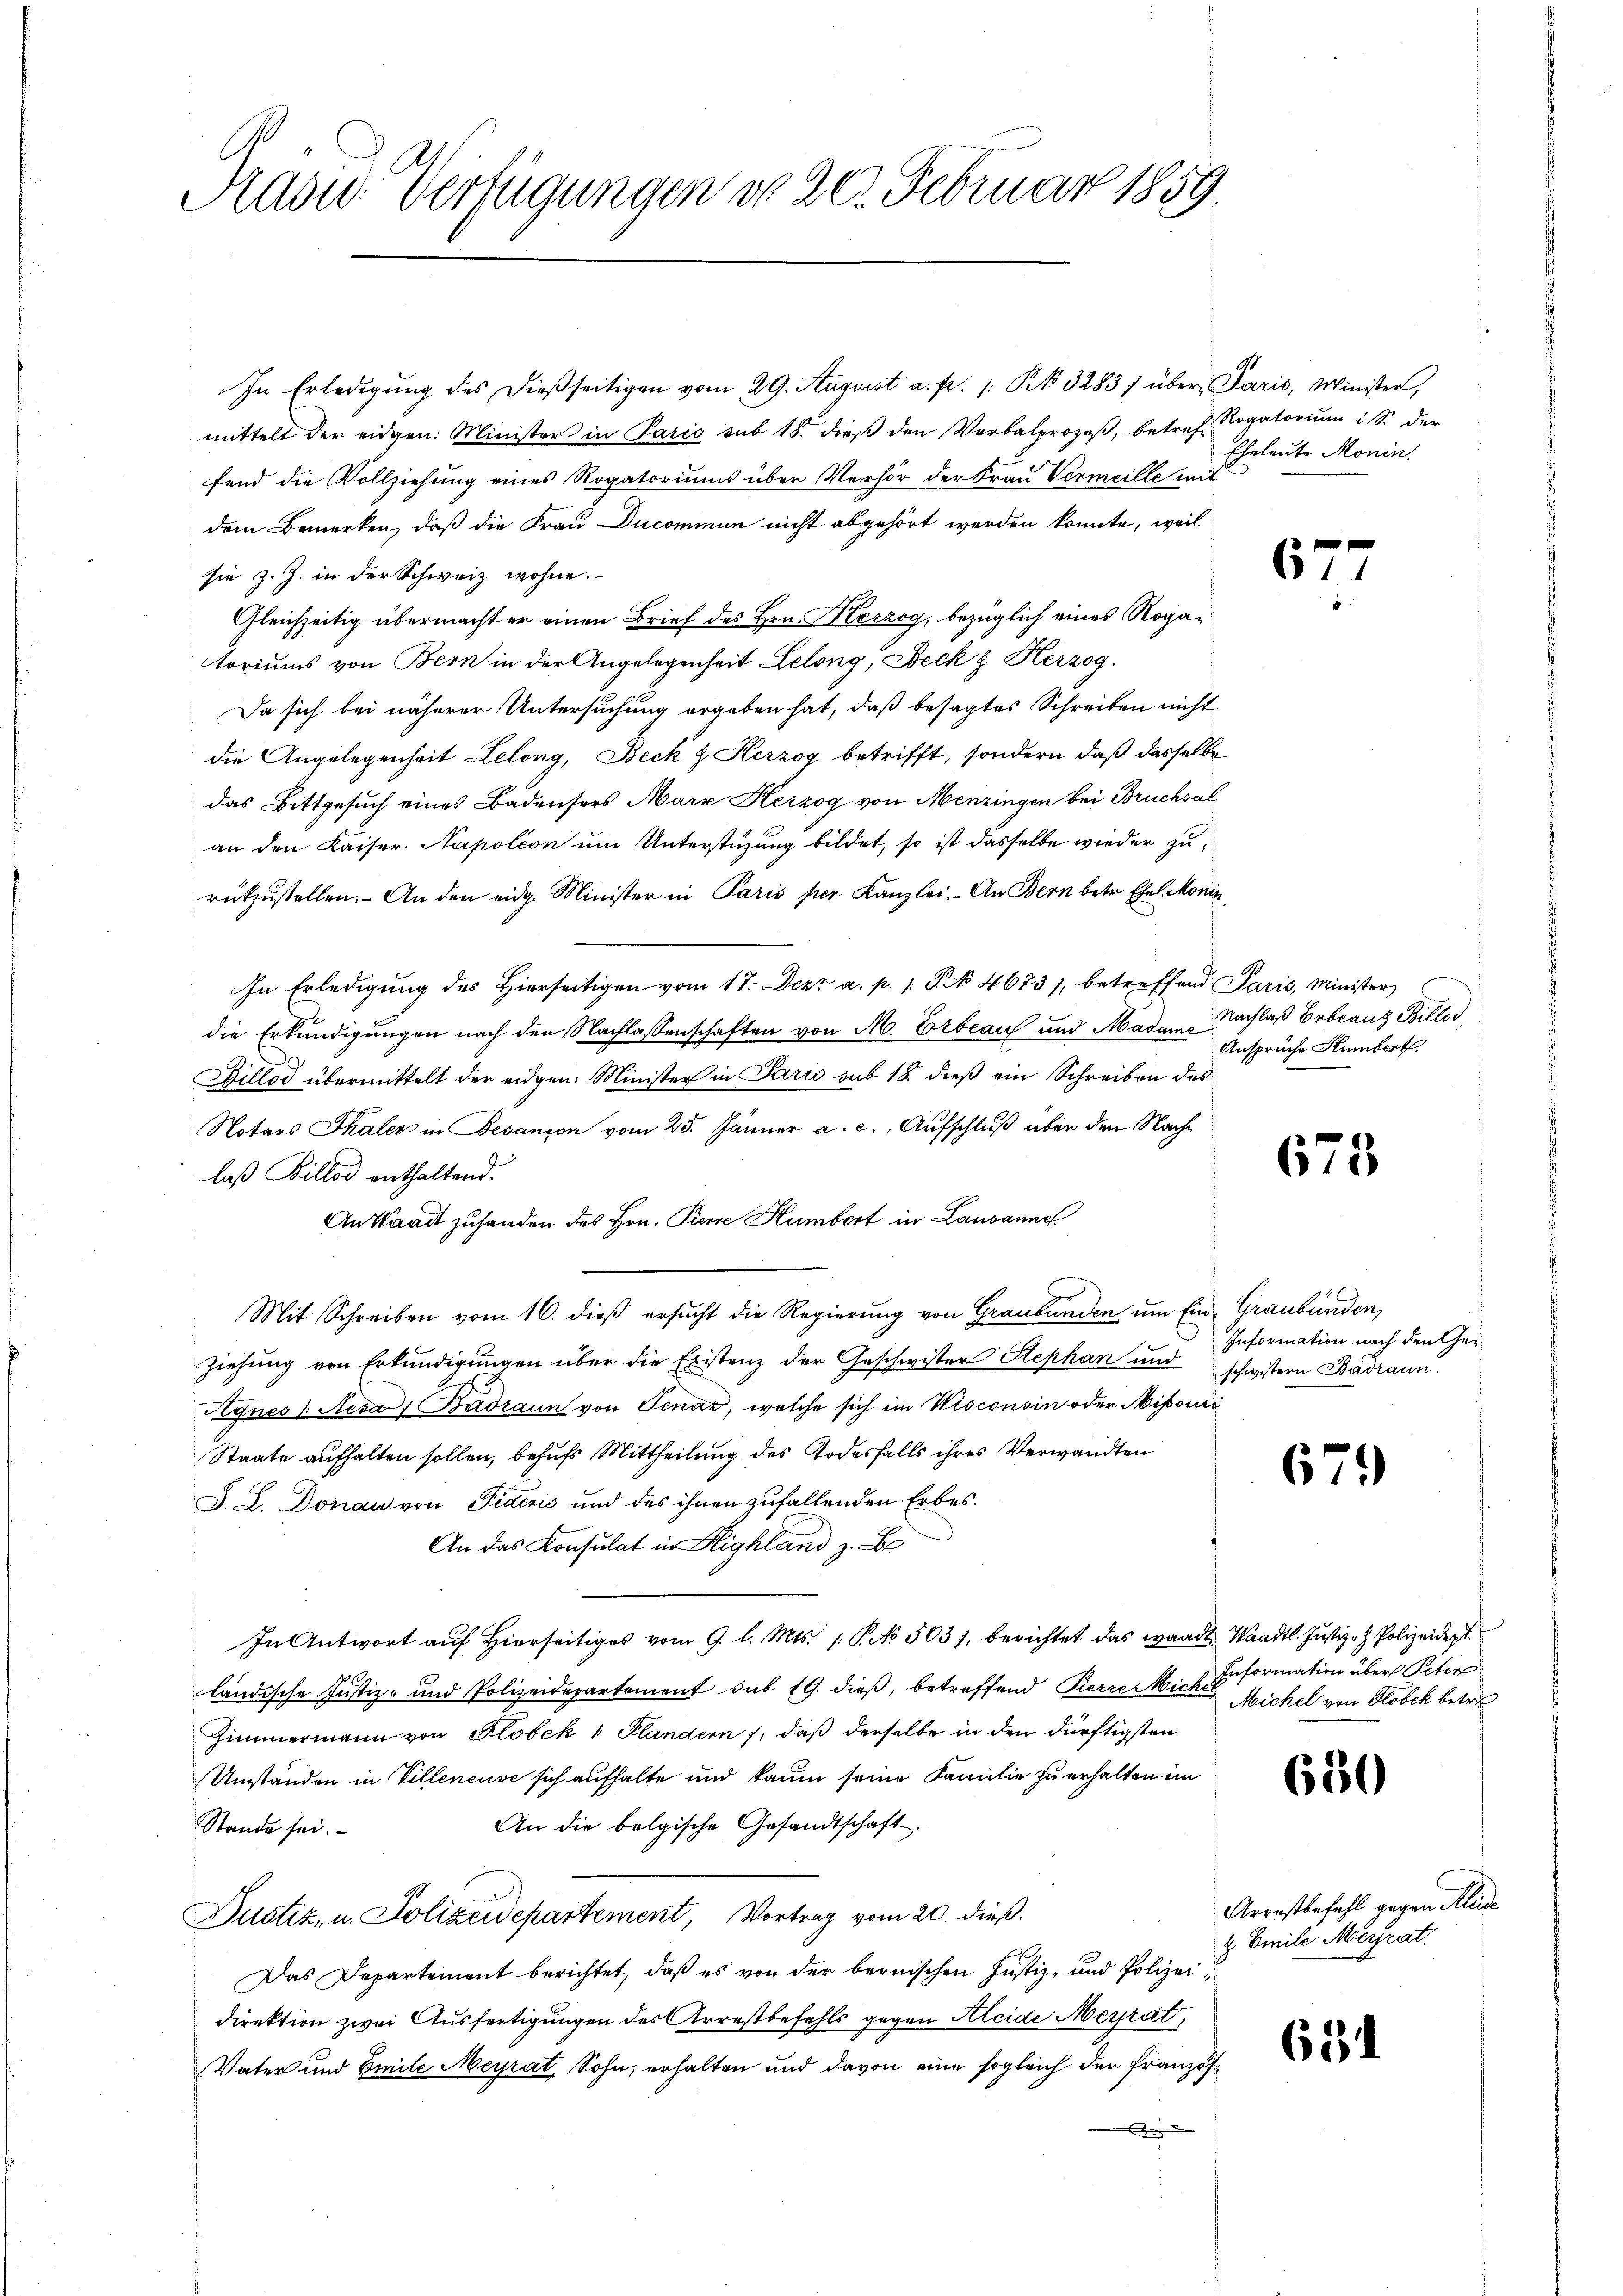
Radw. Verfügungen do 20. Februar 1859.

In Erledigŭng des dießseitigen vom 29. August a. f. /: Kk. 3283) über Paris, Minister,
mittelt der eidgen. Minister in Paris sub 18. dieß den Verbalprozeβ, betreffend die Vollziehung eines Rogatoriums über Verhör der Frau Vermeille mit
dem Bemerken, daß die Frau Ducominum nicht abgehört werden könnte, weil
sie z. Z. in der Schweiz wohne.
Gleichzeitig übermacht er einen Brief des Hrn. Kerzog, bezüglich eines Rogatoriums von Bern in der Angelegenheit Lelong, Beck & Herzog.
Da sich bei näherer Untersuchung ergeben hat, daß besagtes Schreiben nicht
die Angelegenheit Lelong, Beck & Herzog betrifft, sondern daß dasselbe
das Bittgesuch eines Badensers Marx Herzog von Menzingen bei Bruchsal
an den Kaiser Napoleon um Unterstüzung bildet, so ist dasselbe wieder zurükzustellen. An den eidg. Minister in Paris per Kanzlei. An Bern betr. Ehel. Monin,
In Erledigŭng des hierseitigen vom 17. Dezz a. p. 1. J. No 4673), betreffend Paris, Minister
die Erkundigungen nach den Nachlassenschaften von M. Erbau und Madam Nachlaß Gebranz Billod,
Billod übermittelt der eidgen. Minister in Paris sub 18. dieß ein Schreiben des
Notars Thaler in Besançon vom 25. Jänner a. c., Aufschluß über den Nachlaß Billod enthaltend.
An Waadt zuhanden des Hrn. Perre Humbert in Lausanne
Mit Schreiben vom 16. dieß ersucht die Regierung von Graubünden um Ein- Graubünden,
Ziehung von Erkundigungen über die Existenz der Geschwister Stephan und schwistern Basraun.
Hgnes 1. Neva 1 Badzaun von Jenaz, welche sich im Wisconsin oder Misouri
Staate aufhalten sollen, behufs Mittheilung des Todesfalls ihres Verwandten
J. L. Donau von Fideris und des ihnen zufallenden Erbes¬
An das Konsulat in Highland z. B
In Antwort auf hierseitiges vom 9. l. Mts. 1. P. No. 5031, berichtet das waadt Waadt. Justiz- & Polizeidert
ländische Justiz- und Polizeidepartement sub 19. dieß, betreffend Pierrer Miche Michel von Globek betre
Zimmermann von Globek 1 Plandern, daß derselbe in den dürftigsten
Umständen in Villeneuve sich aufhalte und kaum seine Familie zu erhalten im
An die belgische Gesandtschaft.
Stande sei.
Dustiz, u. Polizeidepartement, Vortrag vom 20. dieß.
Das Departement berichtet, daß es von der bernischen Justiz- und Polizei,
direktion zwei Ausfertigungen des Arrestbefehls gegen Kleide Meyrat,
Vater und Emile Meyrat, Sohn, erhalten und davon eine sogleich der Französ¬
.

2 Rogatorium i S. der
Eheleute Monin.

67

Ansprüche Humbert.

675

Information nach den Ge¬

679

Information über Peter

650

Arrestbefehl gegen Alica
. Emile Merrat.

631